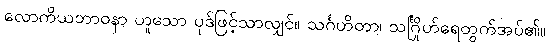
လောကိယဘာဝနာ ဟူသော ပုဒ်ဖြင့်သာလျှင်။ သင်္ဂဟိတာ၊ သင်္ဂြိုဟ်ရေတွက်အပ်၏။